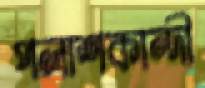
পলাশকান্দী